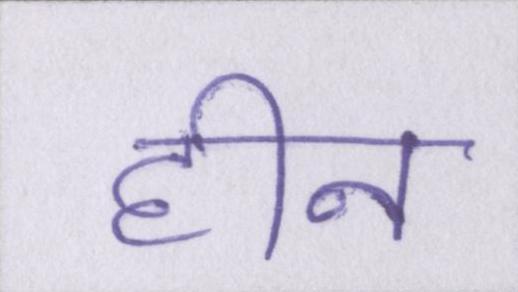
हीन